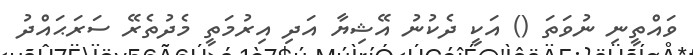
ވައްތީނި ނުވަތަ () އަކީ ދެކުނު އޭޝިޔާ އަދި އިރުމަތީ މެދުތެރޭ ސަރަޙައްދު